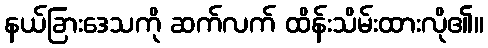
နယ်ခြားဒေသကို ဆက်လက် ထိန်းသိမ်းထားလို၏။